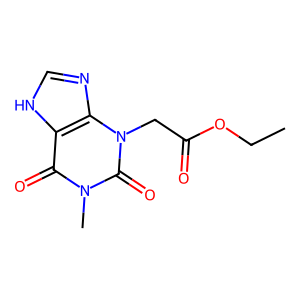
SMILES: CCOC(=O)Cn1c(=O)n(C)c(=O)c2[nH]cnc21
Inhibits HIV replication: No